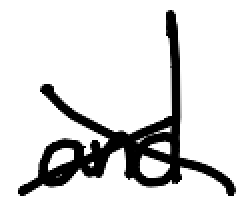
Text: and
Cross-out: cross
Writing tool: digital_black